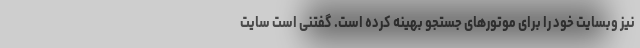
نیز وبسایت خود را برای موتورهای جستجو بهینه کرده است. گفتنی است سایت